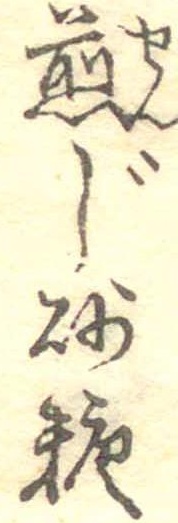
煎じ砂糖